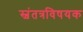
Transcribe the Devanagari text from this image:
स्वंतत्रविषयक